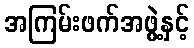
အကြမ်းဖက်အဖွဲ့နှင့်